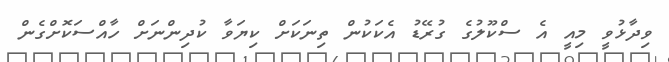
ވިދާޅުވީ މިއީ އެ ސްކޫލުގެ ގުރޭޑު އެކަކުން ތިނަަކަށް ކިޔަވާ ކުދިންނަށް ހާއްސަކޮށްގެން